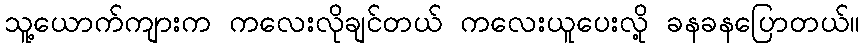
သူ့ယောက်ကျားက ကလေးလိုချင်တယ် ကလေးယူပေးလို့ ခနခနပြောတယ်။